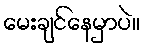
မေးချင်နေမှာပဲ။